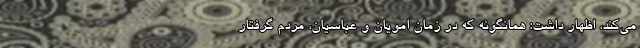
می‌کند، اظهار داشت: همانگونه که در زمان امویان و عباسیان، مردم گرفتار